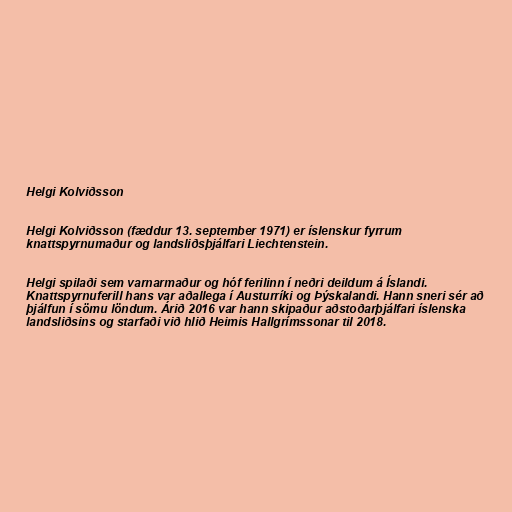
Helgi Kolviðsson

Helgi Kolviðsson (fæddur 13. september 1971) er íslenskur fyrrum
knattspyrnumaður og landsliðsþjálfari Liechtenstein.

Helgi spilaði sem varnarmaður og hóf ferilinn í neðri deildum á Íslandi.
Knattspyrnuferill hans var aðallega í Austurríki og Þýskalandi. Hann sneri sér að
þjálfun í sömu löndum. Árið 2016 var hann skipaður aðstoðarþjálfari íslenska
landsliðsins og starfaði við hlið Heimis Hallgrímssonar til 2018.